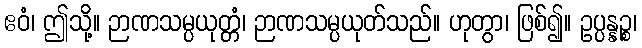
ဧဝံ၊ ဤသို့။ ဉာဏသမ္ပယုတ္တံ၊ ဉာဏသမ္ပယုတ်သည်။ ဟုတွာ၊ ဖြစ်၍။ ဥပ္ပန္နဉ္စ၊